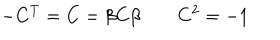
- C ^ { T } = C = \beta C \beta \qquad C ^ { 2 } = - 1